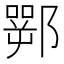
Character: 䣞